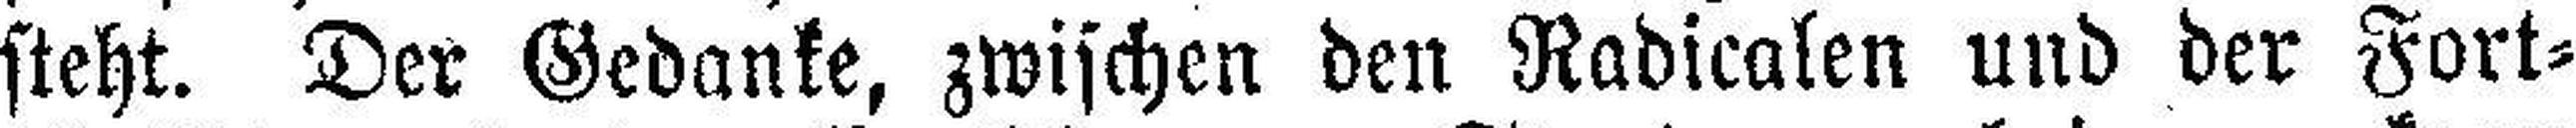
steht. Der Gedanke, zwischen den Radicalen und der Fort¬